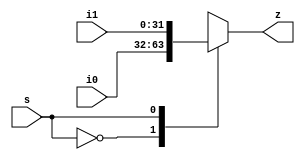
module mux32bit_2to1_2(input [31:0] i0, i1,
                    input s,
                    output [31:0] z);
  reg [31:0] z;

  initial z = 0;

  always @(*) begin
    case(s)
      1'b0: z = i0;
      1'b1: z = i1;
    endcase
  end
endmodule